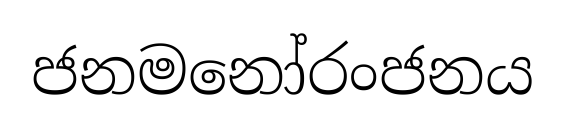
ජනමනෝරංජනය